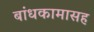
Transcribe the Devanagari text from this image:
बांधकामासह